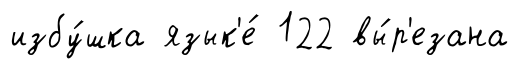
избу́шка язык'е́ 122 вы́р'езана